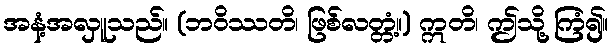
အနံ့အလှူသည်။ (ဘဝိဿတိ၊ ဖြစ်လတ္တံ့။) ဣတိ၊ ဤသို့ ကြံ၍။